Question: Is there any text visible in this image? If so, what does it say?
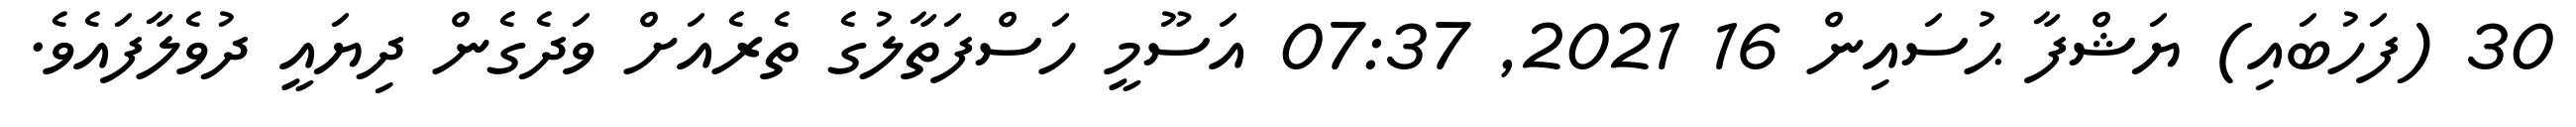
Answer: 30 (ފަހުބައި) ޔަޝްފާ ޙުސައިން 16 2021, 07:37 އަސޫމީ ހަސްފަތާލުގެ ތެރެއަށް ވަދެގެން ދިޔައީ ދުވެލާފައެވެ.